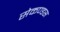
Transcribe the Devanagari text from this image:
सेकण्डस